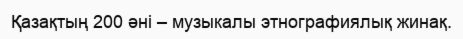
Қазақтың 200 әні – музыкалы этнографиялық жинақ.